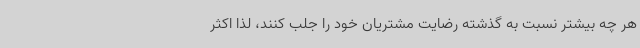
هر چه بیشتر نسبت به گذشته رضایت مشتریان خود را جلب کنند، لذا اکثر